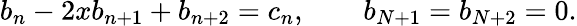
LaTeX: b_{n}-2xb_{n+1}+b_{n+2}=c_{n},\qquad b_{N+1}=b_{N+2}=0.